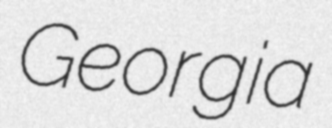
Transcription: Georgia